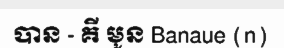
បាន - គី មូន Banaue (n)